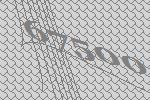
67500